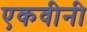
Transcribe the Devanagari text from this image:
एकवीनी